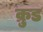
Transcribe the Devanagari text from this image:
क्रुड